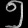
Digit: ၅